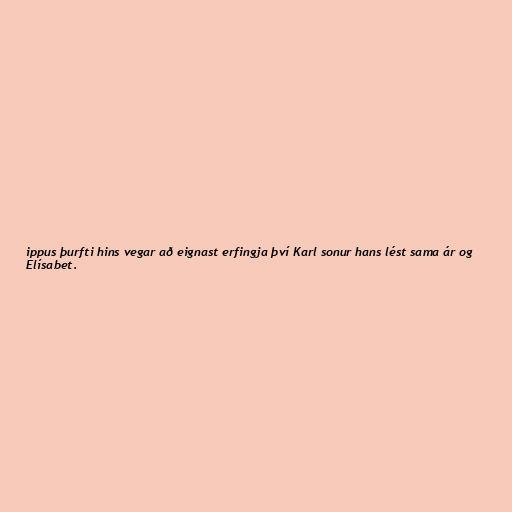
ippus þurfti hins vegar að eignast erfingja því Karl sonur hans lést sama ár og
Elísabet.